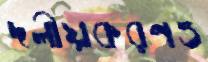
দলীয়করণও